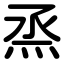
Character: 烝